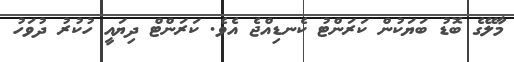
މާލޭގެ ބޮޑު ބަޔަކުން ކަރަންޓު ކެނޑިއްޖެ އެވެ. ކަރަންޓް ދިޔައީ ހުކުރު ދުވަހު